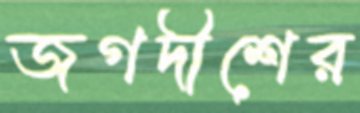
জগদীশের